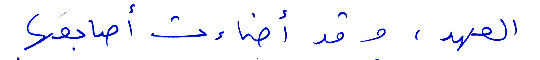
العهد، وقد أضاءت اسابعها